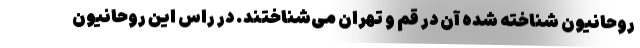
روحانیون شناخته شده آن در قم و تهران می‌شناختند. در راس این روحانیون